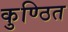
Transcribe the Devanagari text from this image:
कुण्ठित